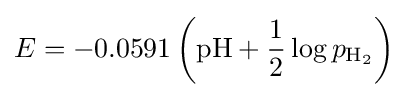
E=-0.0591\left(\mathrm {pH} +{\frac {1}{2}}\log p_{\mathrm {H_{2}} }\right)